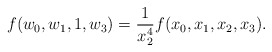
\begin{align*}f(w_0,w_1,1,w_3)=\frac{1}{x_2^4}f(x_0,x_1,x_2,x_3).\end{align*}